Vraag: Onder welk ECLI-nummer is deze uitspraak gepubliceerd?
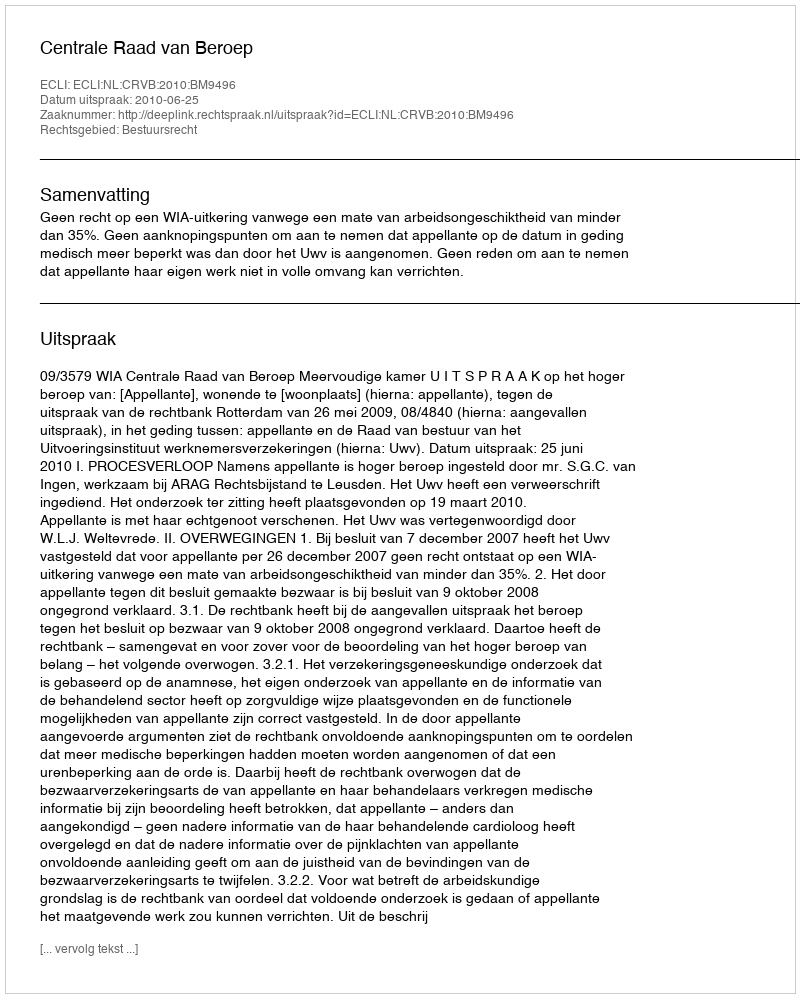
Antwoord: ECLI:NL:CRVB:2010:BM9496